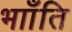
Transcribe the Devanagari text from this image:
भााँति